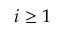
i \geq 1